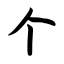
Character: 个